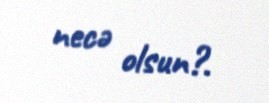
necə olsun?.